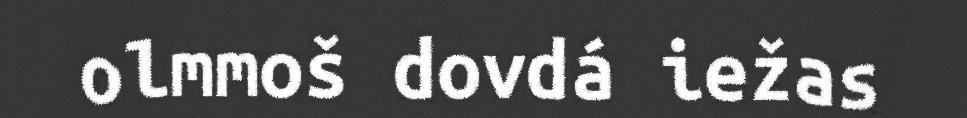
olmmoš dovdá iežas